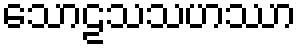
သောဠသသဟဿာ